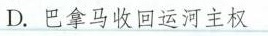
D.巴拿马收回运河主权